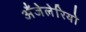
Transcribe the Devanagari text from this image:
अँजेलेरियो